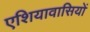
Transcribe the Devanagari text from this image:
एशियावासियों